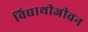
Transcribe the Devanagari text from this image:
विद्याथीजीवन